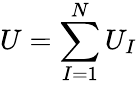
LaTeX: U=\sum_{I=1}^{N}U_{I}